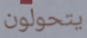
يتحولون